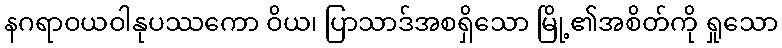
နဂရာဝယဝါနုပဿကော ဝိယ၊ ပြာသာဒ်အစရှိသော မြို့၏အစိတ်ကို ရှုသော